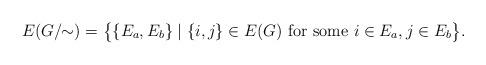
LaTeX: \begin{align*}E(G/\!\!\sim) = \big\{\{E_a,E_b\} \mid \{i,j\} \in E(G) \text{ for some } i\in E_a, j \in E_b\big\}.\end{align*}